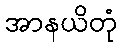
အာနယိတုံ